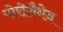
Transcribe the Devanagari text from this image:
पोरीलैनेन